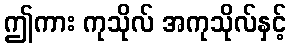
ဤကား ကုသိုလ် အကုသိုလ်နှင့်